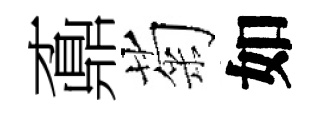
鼒菊如